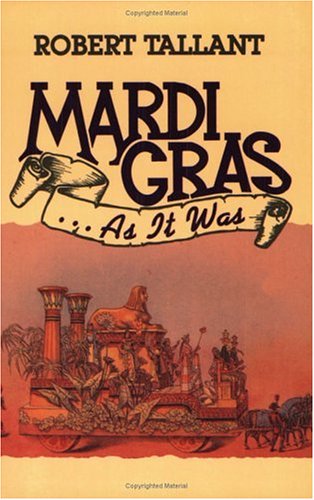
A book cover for Mardi Gras . . . As It Was; Robert Tallant; Travel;